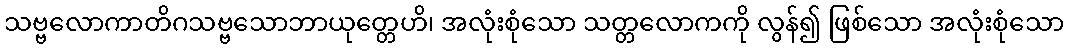
သဗ္ဗလောကာတိဂသဗ္ဗသောဘာယုတ္တေဟိ၊ အလုံးစုံသော သတ္တလောကကို လွန်၍ ဖြစ်သော အလုံးစုံသော